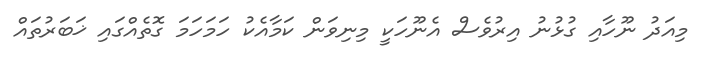
މިއަދު ނޫހާއި ގުޅުނު އިރުވެސް އެނޫހަކީ މިނިވަން ކަމާއެކު ހަމަހަމަ ގޮތެއްގައި ޚަބަރުތައް